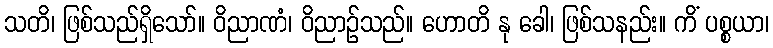
သတိ၊ ဖြစ်သည်ရှိသော်။ ဝိညာဏံ၊ ဝိညာဉ်သည်။ ဟောတိ နု ခေါ၊ ဖြစ်သနည်း။ ကိံ ပစ္စယာ၊